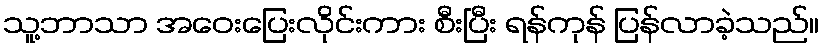
သူ့ဘာသာ အဝေးပြေးလိုင်းကား စီးပြီး ရန်ကုန် ပြန်လာခဲ့သည်။